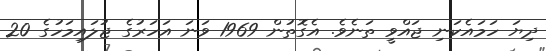
ދިޔަ ހަމައެކަނި ޖައްވީ ތަނެވެ. އެގޮތުން 1969 ވަނަ އަހަރުގެ ޖުލައިމަހުގެ 20